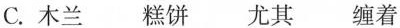
C.木兰 糕饼尤其缠着